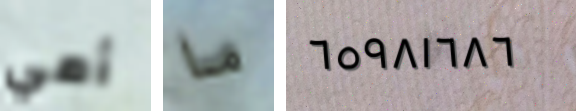
أمي ما ٦٥٩٨١٦٨٦